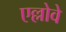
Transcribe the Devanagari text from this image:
एल्लोवे